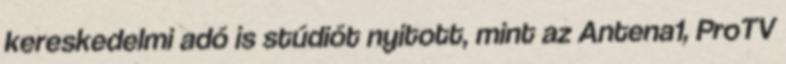
kereskedelmi adó is stúdiót nyitott, mint az Antena1, ProTV